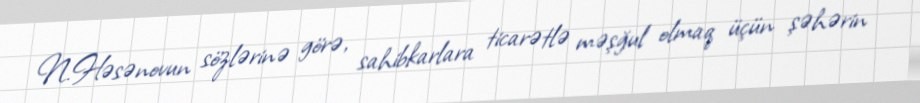
N.Həsənovun sözlərinə görə, sahibkarlara ticarətlə məşğul olmaq üçün şəhərin